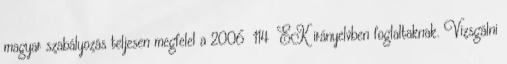
magyar szabályozás teljesen megfelel a 2006 114 EK irányelvben foglaltaknak. Vizsgálni